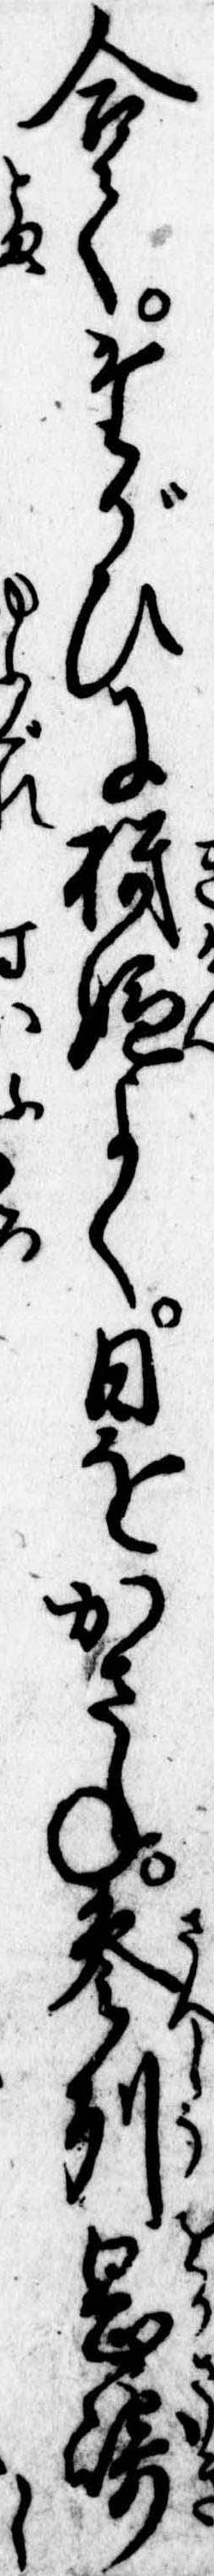
合てたがひに機嫌よく日をかさね参州岡崎